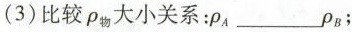
(3)比较\rho_{物}大小关系：\rho_{A}___\rho_{B}；